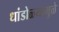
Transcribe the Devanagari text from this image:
धांडोळ्यामुळे